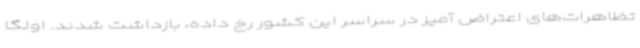
تظاهرات‌های اعتراض آمیز در سراسر این کشور رخ داده، بازداشت شدند. اولگا